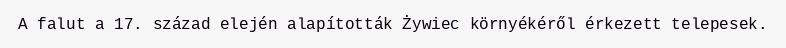
A falut a 17. század elején alapították Żywiec környékéről érkezett telepesek.